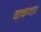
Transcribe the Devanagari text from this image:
वाचणार